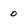
Character: 0